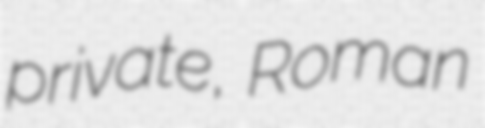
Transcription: private, Roman